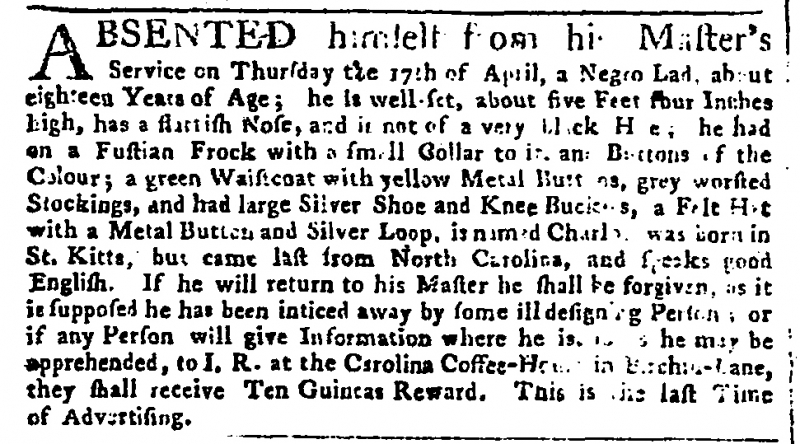
Whitehall Evening Post, 15 May 1755 (England)
ABSENTED himself from his Master’s Service on Thursday the 17th of April, a Negro Lad, about eighteen Years of Age; he is well-set, about five Feet four Inches high, has a flattish Nose, and is not of a very black Hue; He had on a Fustian Frock with a small Collar to it and Buttons of the Colour; a green Waistcoat with yellow Metal Buttons, grey worsted Stockings, and had large Silver Shoe and Knee Buckles, a Felt Hat with a Metal Button and Silver Loop, is named Charlo, was born in St. Kitts, but came last from North Carolina, and speaks good English. If he will return to his Master he shall be forgiven, as it is supposed he has been inticed away by some ill designing Person; or if any Person will give Information where he is, [so as] he may be apprehended, to J. R. at the Carolina Coffee-House in Birchin–Lane, they shall receive Ten Guineas Reward. This is the last Time of Advertising.